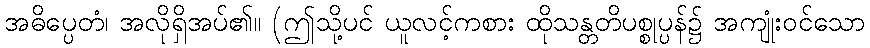
အဓိပ္ပေတံ၊ အလိုရှိအပ်၏။ (ဤသို့ပင် ယူလင့်ကစား ထိုသန္တတိပစ္စုပ္ပန်၌ အကျုံးဝင်သော